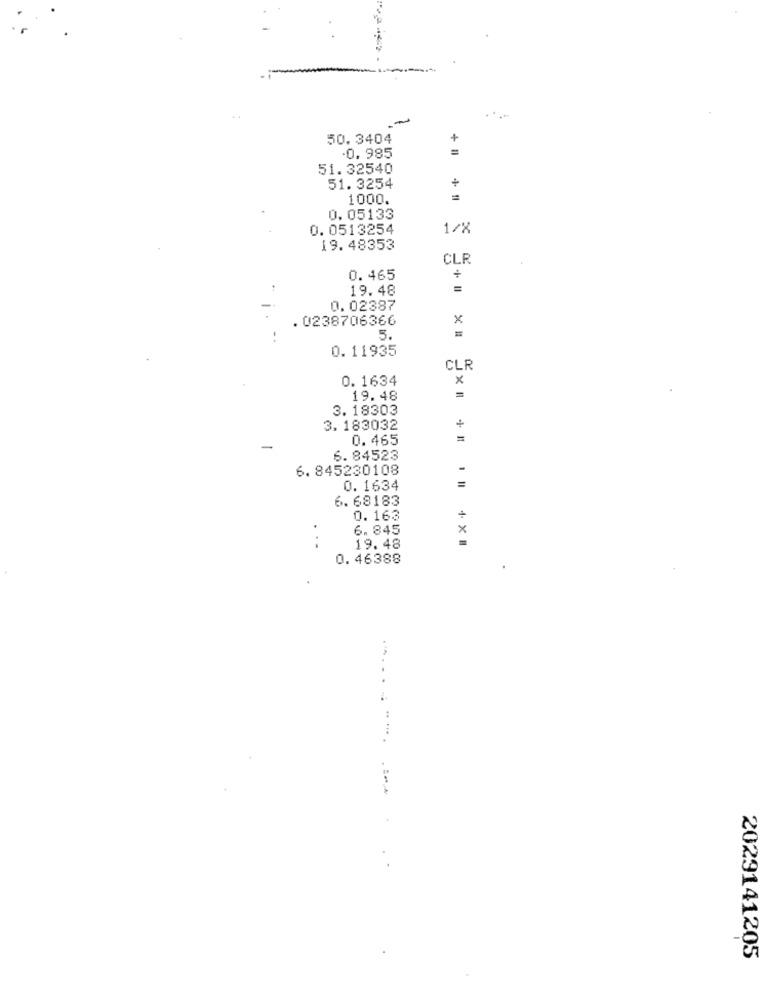
50.3404
+
=
.0.985
51.32540
+
51. 3254
1000.
0.05133
0.0513254
1/X
19.48353
CLR
0. 465
+
19.48
=
0.02387
. 0238706366
x
5.
0.11935
CLR
0.1634
x
19.48
=
3. 18303
3. 183032
+
0.465
=
6. 84523
6.845230108
=
0.1634
6.68183
0.163
+
6.845
x
19.48
0. 46388
.............. .... . ..
2029141205